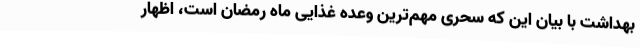
بهداشت با بیان این که سحری مهم‌ترین وعده غذایی ماه رمضان است، اظهار